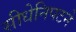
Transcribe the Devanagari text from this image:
सीधेनिपटने